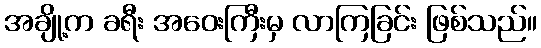
အချို့က ခရီး အဝေးကြီးမှ လာကြခြင်း ဖြစ်သည်။